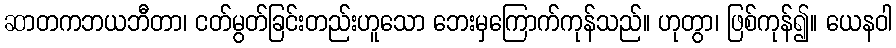
ဆာတကဘယဘီတာ၊ ငတ်မွတ်ခြင်းတည်းဟူသော ဘေးမှကြောက်ကုန်သည်။ ဟုတွာ၊ ဖြစ်ကုန်၍။ ယေနဝါ